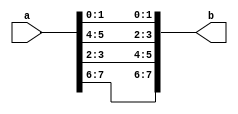
`timescale 1ns / 1ps

//////////////////////////////////////////////////////////////////////////////////
// Company: 
// Engineer: 
// 
// Design Name: 
// Module Name:    MatrixMultiplier 
// Project Name: 
// Target Devices: 
// Tool versions: 
// Description: 
//
// Dependencies: 
//
// Revision: 
// Revision 0.01 - File Created
// Additional Comments: 
//
//////////////////////////////////////////////////////////////////////////////////

module transpose #(	parameter M=2, parameter N=2,	parameter nBits=2)
	(	
		input  [N*M*nBits-1:0]a, 
		output [N*M*nBits-1:0]b
	);
	 

	
	wire [nBits-1:0]Amat[0:M-1][0:N-1];
	wire [nBits-1:0]Bmat[0:N-1][0:M-1];
	
	genvar i,j;
	
	generate
		for (i = 0; i < M; i = i + 1) begin: loop1
			for (j = 0; j < N; j = j + 1) begin: loop2
					assign Amat[i][j]=a[M*N*nBits-N*i*nBits-j*nBits-1:M*N*nBits-N*i*nBits-j*nBits-nBits];
			end
		end
	endgenerate
	
	generate
		for (i = 0; i < M; i = i + 1) begin: loop3
			for (j = 0; j < N; j = j + 1) begin: loop4
					assign Bmat[j][i]=Amat[i][j];
			end
		end
	endgenerate
	
	generate
		for (i = 0; i < N; i = i + 1) begin: loop5
			for (j = 0; j < M; j = j + 1) begin: loop6
					assign b[M*N*nBits-M*i*nBits-j*nBits-1:M*N*nBits-M*i*nBits-j*nBits-nBits]=Bmat[i][j];
			end
		end
	endgenerate
	
	
endmodule